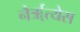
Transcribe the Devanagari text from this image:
नैर्ॠत्येस